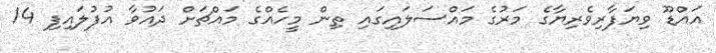
އައްޑޫ ވިޔަފާރިވެރިޔާގެ މަރުގެ މައްސަލައިގައި ތިން މީހެއްގެ މައްޗަށް ދައުވާ އުފުލައިފި 14